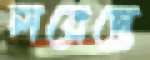
লরেন্তে